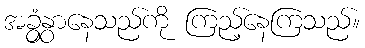
အခွံနွှာနေသည်ကို ကြည့်နေကြသည်။